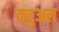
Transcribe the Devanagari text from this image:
कटुअल